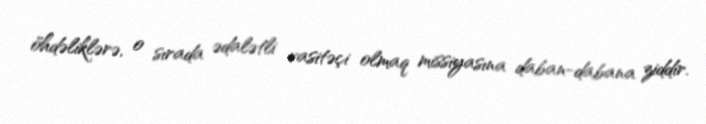
öhdəliklərə, o sırada ədalətli vasitəçi olmaq missiyasına daban-dabana ziddir.